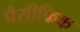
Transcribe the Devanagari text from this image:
पैसीफिक